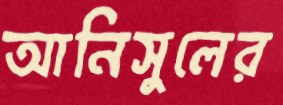
আনিসুলের